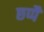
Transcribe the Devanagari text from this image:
छप्पै